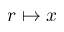
r \mapsto x